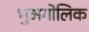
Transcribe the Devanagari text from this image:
भुअगोलिक